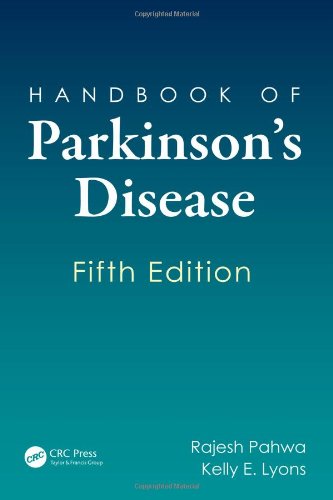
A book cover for Handbook of Parkinson's Disease, Fifth Edition (Neurological Disease and Therapy); Health, Fitness & Dieting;